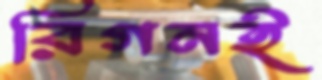
রিগনই